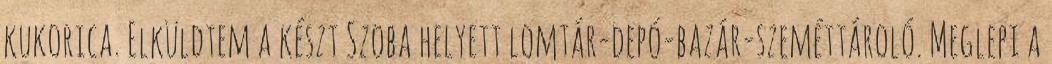
kukorica. Elküldtem a készt Szoba helyett lomtár-depó-bazár-szeméttároló. Meglepi a